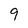
Character: 9